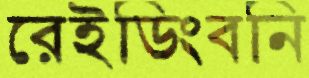
রেইডিংবনি